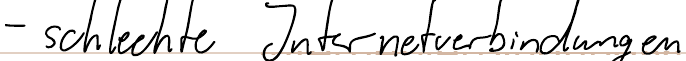
- schlechte Internetverbindungen